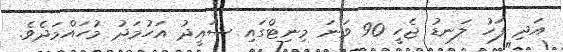
އަދި ފަހު ލަނޑު ޖެހީ 90 ވަނަ މިނިޓްގައި ސައީދު އަހުމަދު މުހައްމަދެވެ.